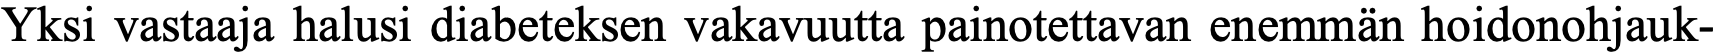
Yksi vastaaja halusi diabeteksen vakavuutta painotettavan enemmän hoidonohjauk-